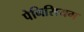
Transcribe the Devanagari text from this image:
पेनिसियम